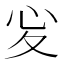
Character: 𢖻